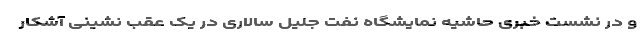
و در نشست خبری حاشیه نمایشگاه نفت جلیل سالاری در یک عقب نشینی آشکار